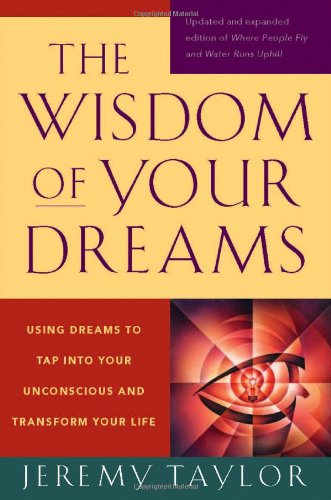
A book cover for The Wisdom of Your Dreams: Using Dreams to Tap into Your Unconscious and Transform Your Life; Jeremy Taylor; Self-Help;